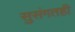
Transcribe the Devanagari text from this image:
सुसंगतही